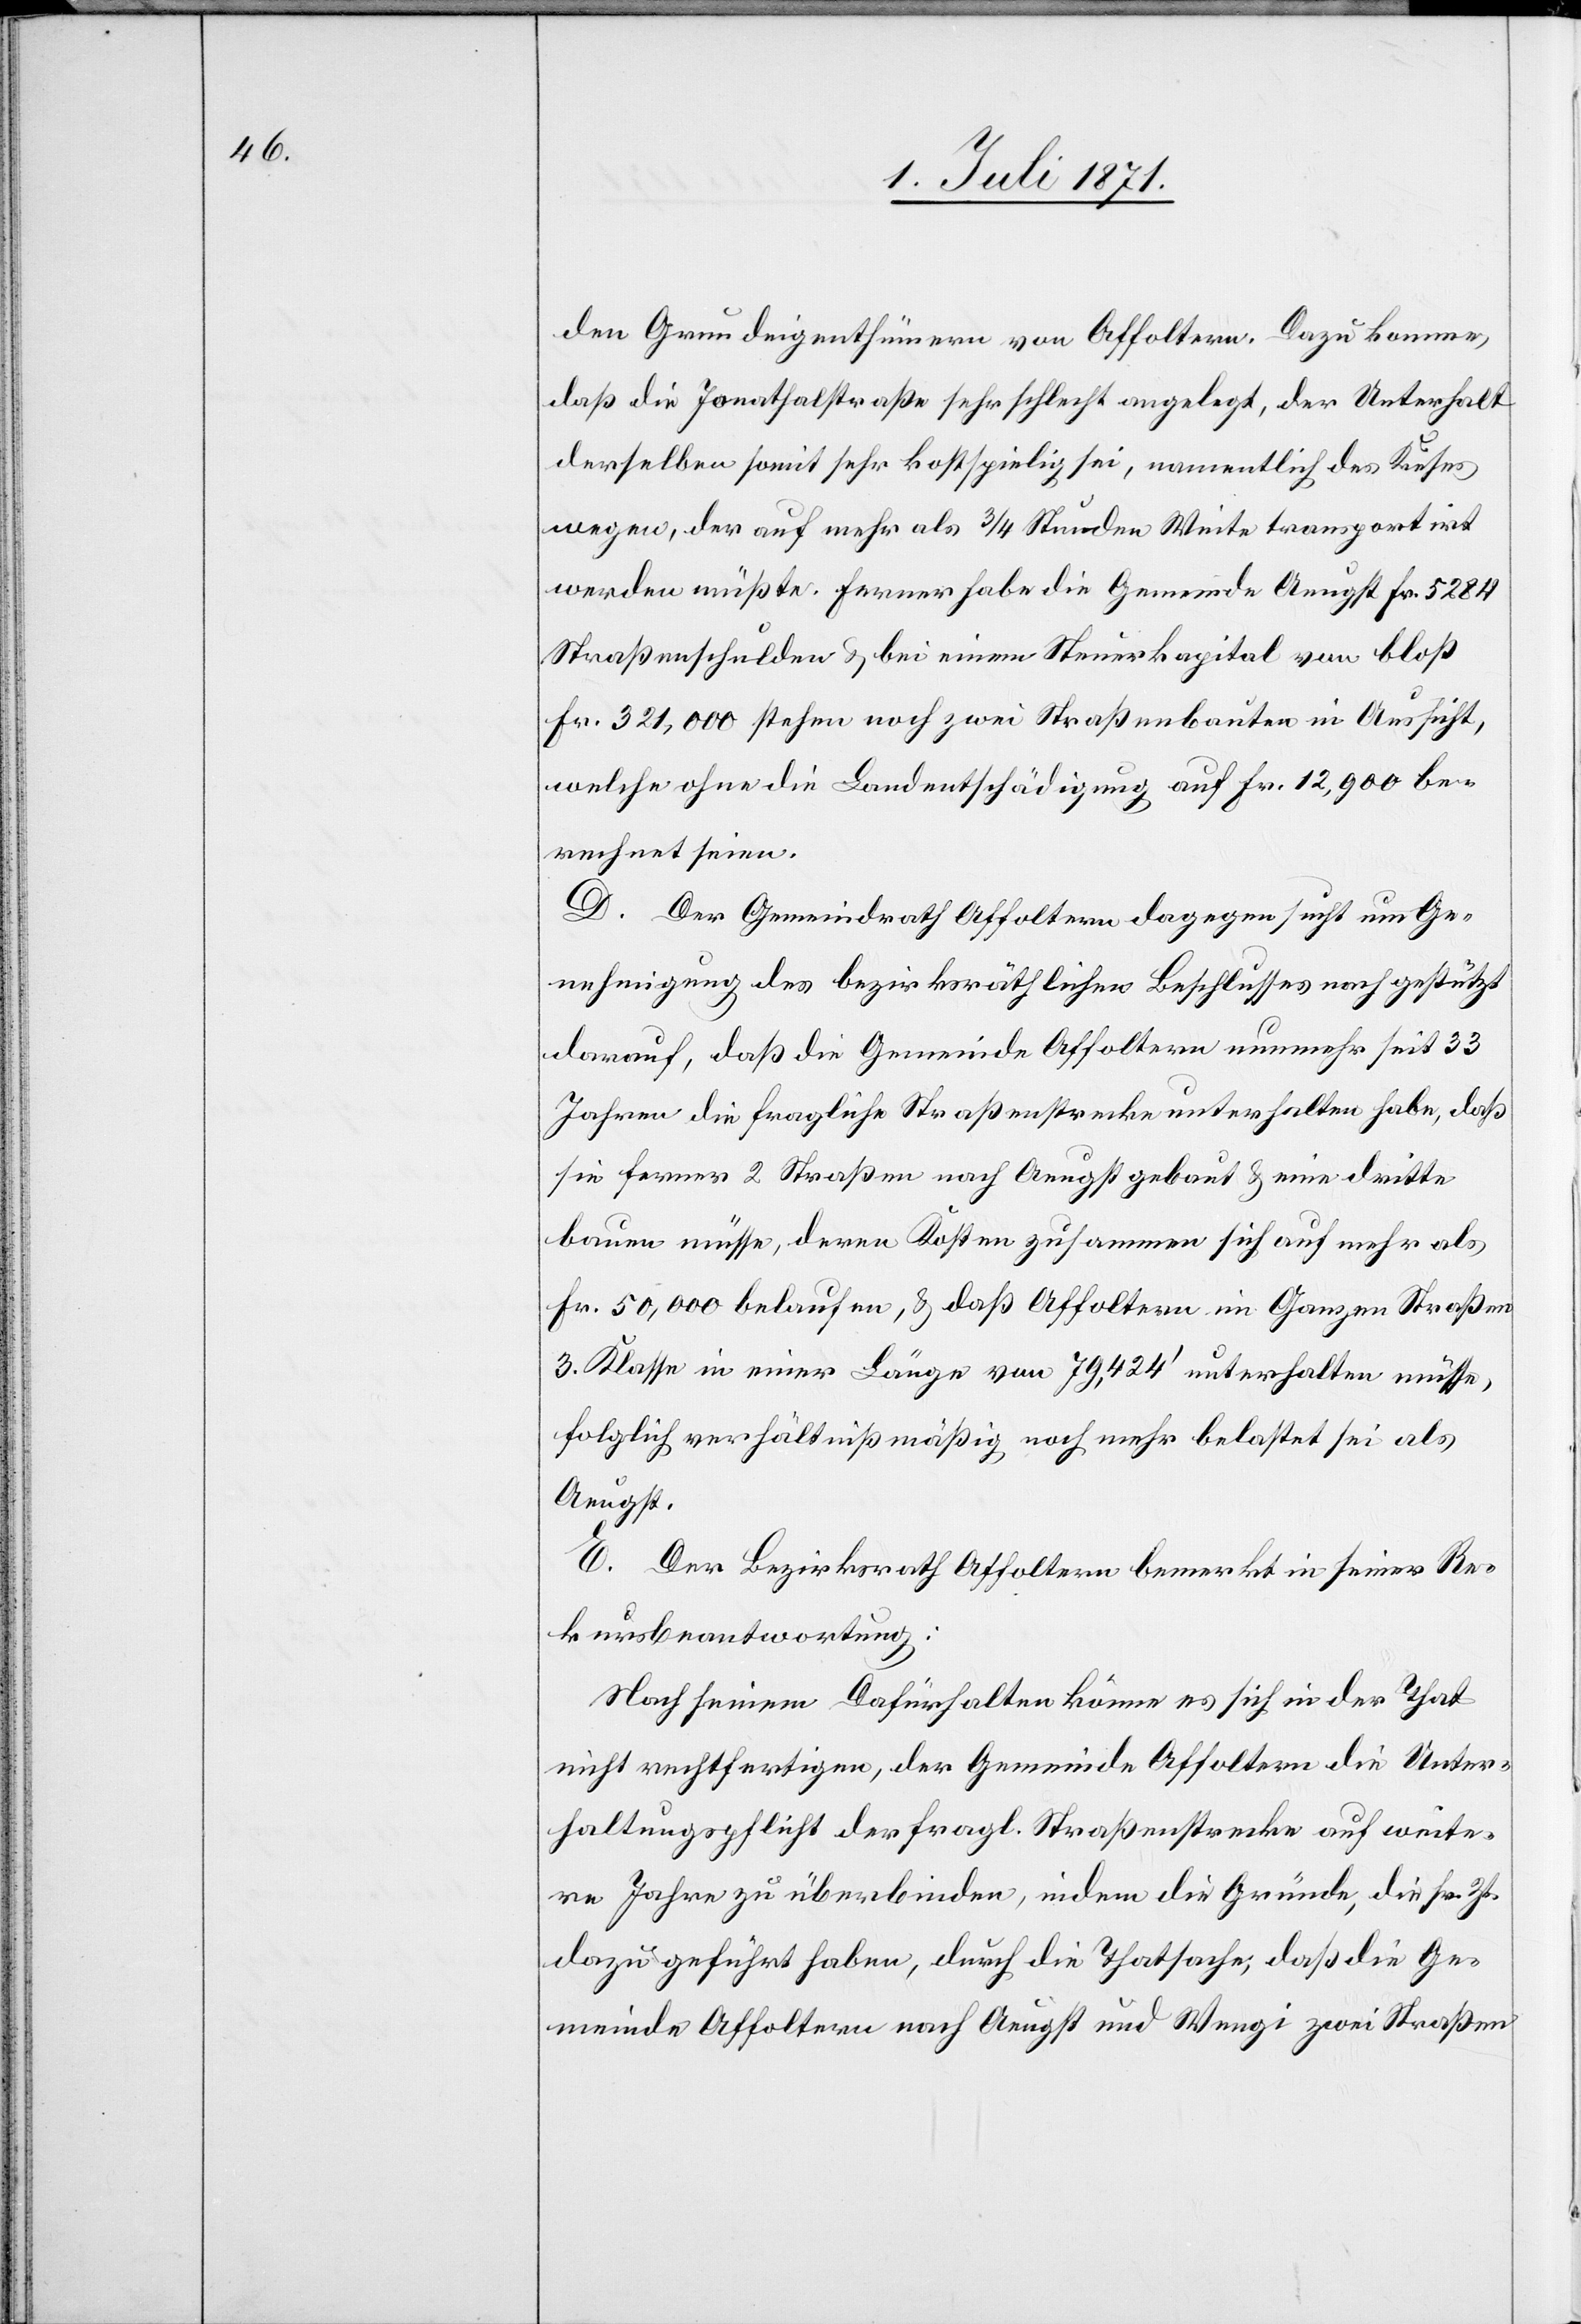
den Grundeigenthümern von Affoltern. Dazu komme,
daß die Jonathalstraße sehr schlecht angelegt, der Unterhalt
derselben somit sehr kostspielig sei, namentlich des Kieses
wegen, der auf mehr als 3/4 Stunden Weite transportirt
werden müßte. Ferner habe die Gemeinde Aeugst Fr. 5284
Straßenschulden u. bei einem Steuerkapital von bloß
Fr. 321,000 stehen noch zwei Straßenbauten in Aussicht,
welche ohne die Landentschädigung auf Fr. 12,900 be¬
rechnet seien.
D. Der Gemeindrath Affoltern dagegen sucht um Ge¬
nehmigung des bezirksräthlichen Beschlusses nach gestützt
darauf, daß die Gemeinde Affoltern nunmehr seit 33
Jahren die fragliche Straßenstrecke unterhalten habe, daß
sie ferner 2 Straßen nach Aeugst gebaut u. eine dritte
bauen müsse, deren Kosten zusammen sich auf mehr als
Fr. 50,000 belaufen, u. daß Affoltern im Ganzen Straßen
3. Klasse in einer Länge von 79,424‘ unterhalten müsse,
folglich verhältnißmäßig noch mehr belastet sei als
Aeugst.
E. Der Bezirksrath Affoltern bemerkt in seiner Re¬
kursbeantwortung:
Nach seinem Dafürhalten könne es sich in der That
nicht rechtfertigen, der Gemeinde Affoltern die Unter¬
haltungspflicht der fragl. Straßenstrecke auf weite¬
re Jahre zu überbinden, indem die Gründe, die sr. Zt.
dazu geführt haben, durch die Thatsache, daß die Ge¬
meinde Affoltern nach Aeugst und Wengi zwei Straßen